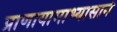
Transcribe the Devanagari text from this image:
प्राणायामाभ्यासाने